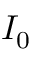
I _ { 0 }